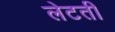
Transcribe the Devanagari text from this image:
लेटती